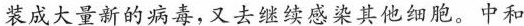
装成大量新的病毒,又去继续感染其他细胞。中和